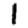
Digit: 1